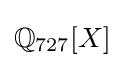
\mathbb {Q} _{727}[X]